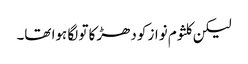
لیکن کلثوم نواز کو دھڑکا تو لگا ہوا تھا۔